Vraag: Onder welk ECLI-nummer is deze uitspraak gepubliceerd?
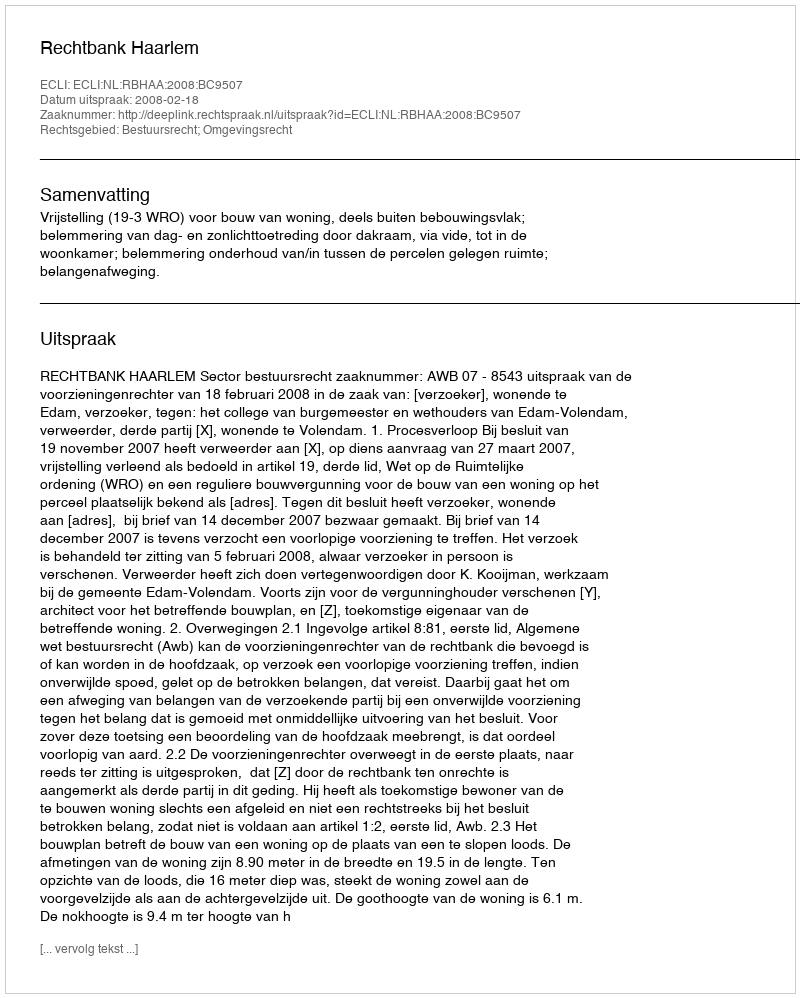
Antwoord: ECLI:NL:RBHAA:2008:BC9507